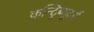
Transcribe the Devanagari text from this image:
कन्ट्रिब्यूटर्स